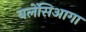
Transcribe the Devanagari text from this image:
बलेंसिआगा